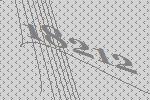
18212